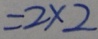
= 2 \times 2